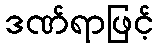
ဒဏ်ရာဖြင့်